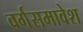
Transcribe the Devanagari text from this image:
वर्गसमावेश